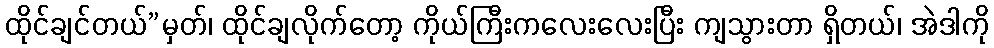
ထိုင်ချင်တယ်”မှတ်၊ ထိုင်ချလိုက်တော့ ကိုယ်ကြီးကလေးလေးပြီး ကျသွားတာ ရှိတယ်၊ အဲဒါကို